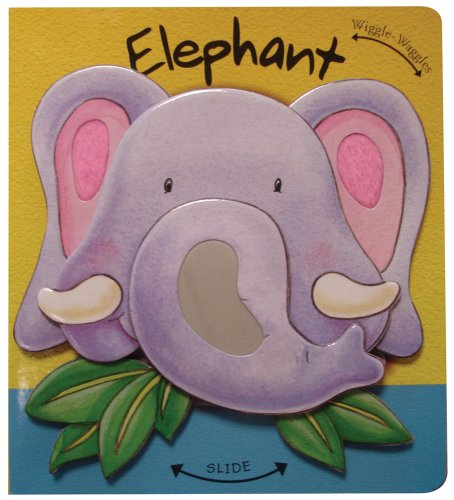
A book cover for Elephant (Wiggle-Waggles); Rachel Elliot; Children's Books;